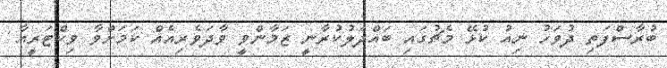
ބުރާސްފަތި ދުވަހު ނިއު ކުޅޭ މެޗުގައި ބައްދަލުކުރާނީ ޒަމާންވީ ވާދަވެރިއެއް ކަމަށްވާ ވިކްޓަރީއާ